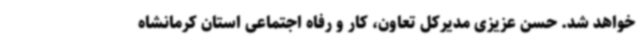
خواهد شد. حسن عزیزی مدیرکل تعاون، کار و رفاه اجتماعی استان کرمانشاه